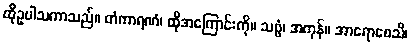
ထိုဥပါသကာသည်။ တံကာရဏံ၊ ထိုအကြောင်းကို။ သဗ္ဗံ၊ အကုန်။ အာရောစေသိ၊